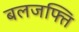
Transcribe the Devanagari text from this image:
बलजफ्ति